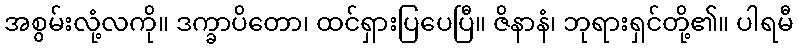
အစွမ်းလုံ့လကို။ ဒက္ခာပိတော၊ ထင်ရှားပြပေပြီ။ ဇိနာနံ၊ ဘုရားရှင်တို့၏။ ပါရမီ